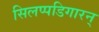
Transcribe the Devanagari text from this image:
सिलप्पडिगारन्